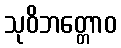
သုဝိဘတ္တောဝ